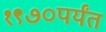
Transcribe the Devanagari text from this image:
१९७०पर्यंत